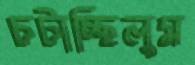
চটাচ্ছিলুম